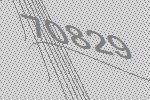
70829